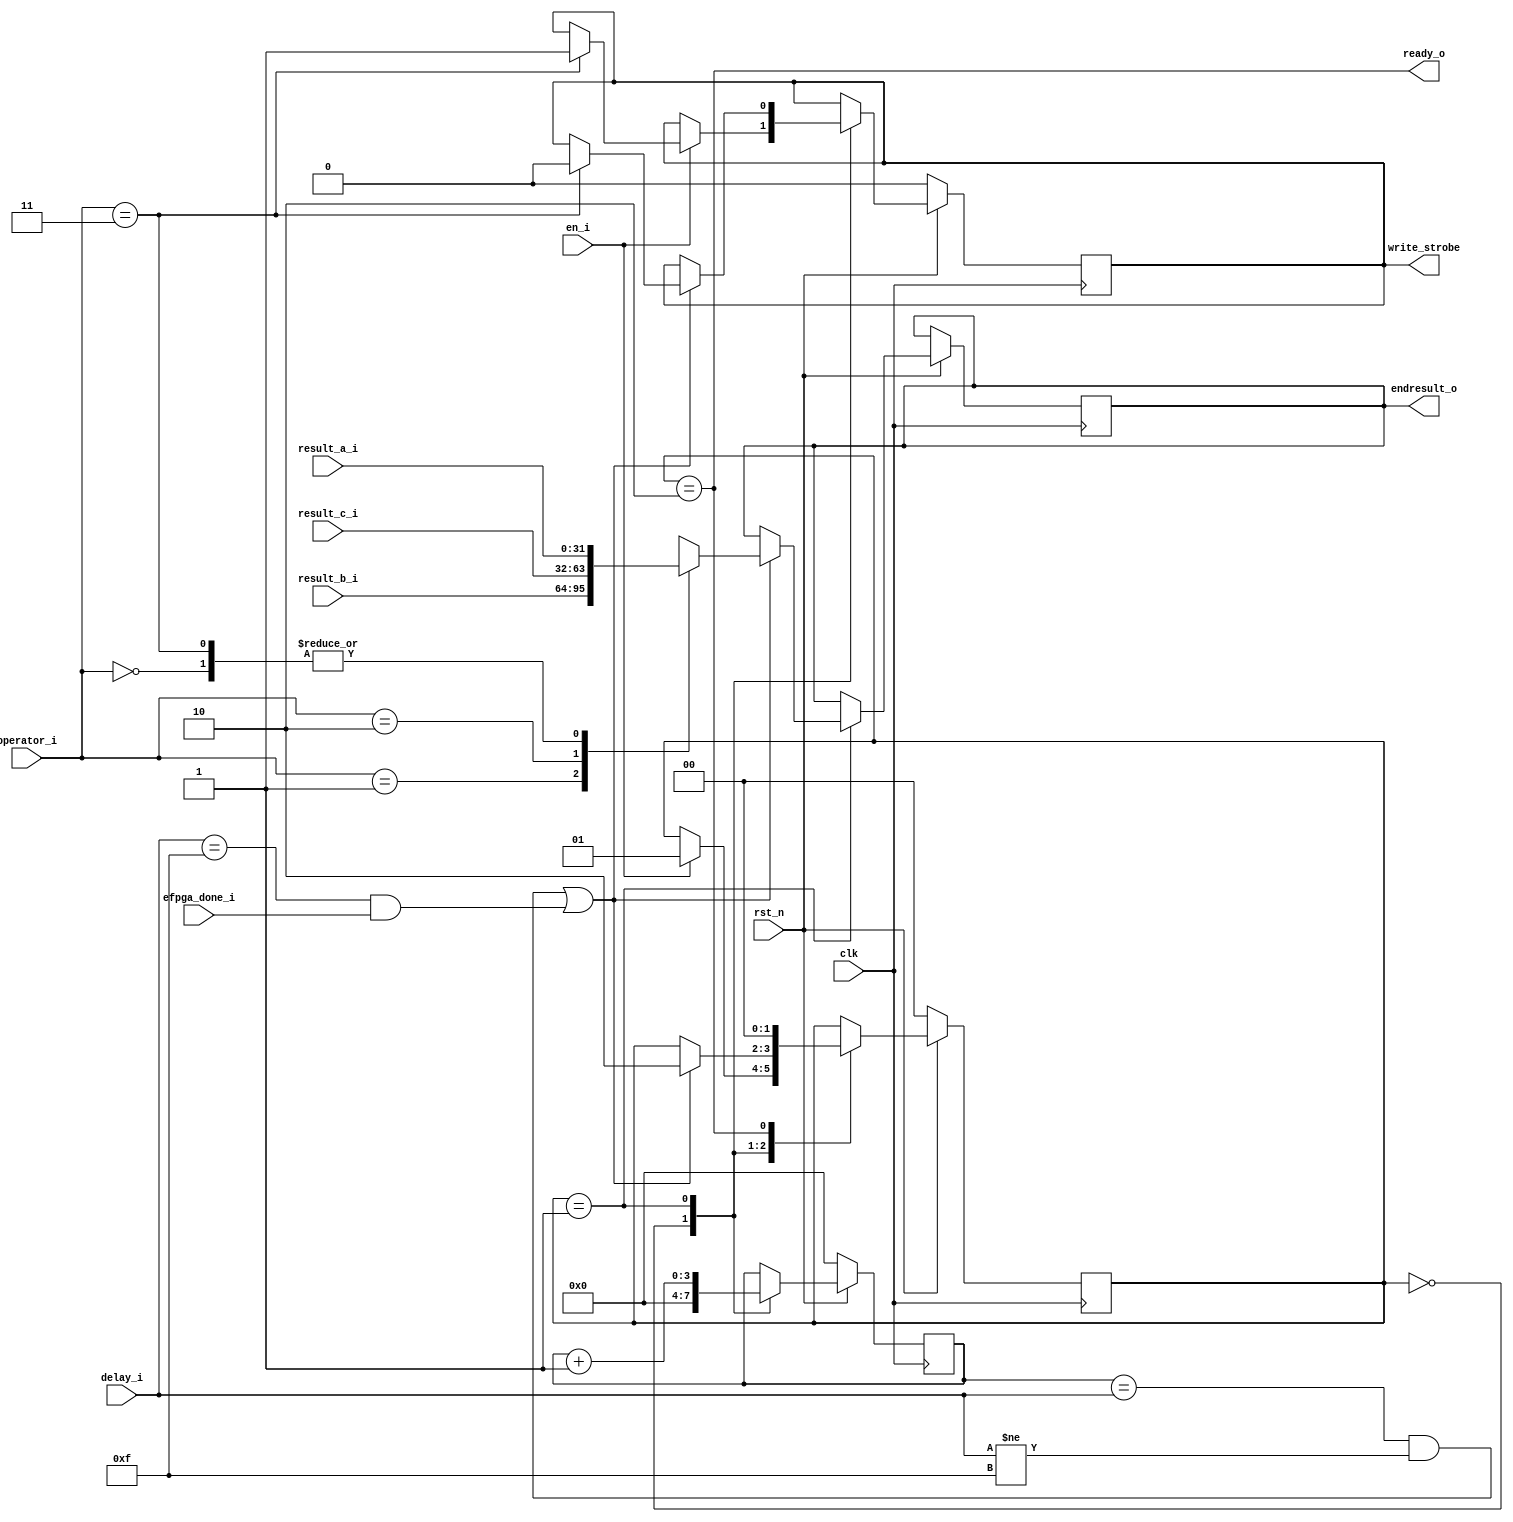
// SPDX-FileCopyrightText: 2021 Andrew Attwood
//
// Licensed under the Apache License, Version 2.0 (the "License");
// you may not use this file except in compliance with the License.
// You may obtain a copy of the License at
//
//      http://www.apache.org/licenses/LICENSE-2.0
//
// Unless required by applicable law or agreed to in writing, software
// distributed under the License is distributed on an "AS IS" BASIS,
// WITHOUT WARRANTIES OR CONDITIONS OF ANY KIND, either express or implied.
// See the License for the specific language governing permissions and
// limitations under the License.
//
// SPDX-License-Identifier: Apache-2.0

module flexbex_ibex_eFPGA (
	clk,
	rst_n,
	en_i,
	operator_i,
	ready_o,
	endresult_o,
	result_a_i,
	result_b_i,
	result_c_i,
	delay_i,
	write_strobe,
	efpga_done_i
);
	input wire clk;
	input wire rst_n;
	input wire en_i;
	input wire [1:0] operator_i;
	output wire ready_o;
	output reg [31:0] endresult_o;
	input wire [31:0] result_a_i;
	input wire [31:0] result_b_i;
	input wire [31:0] result_c_i;
	input wire [3:0] delay_i;
	output reg write_strobe;
	input wire efpga_done_i;
	reg [1:0] eFPGA_fsm_r;
	reg [3:0] count;
	always @(posedge clk)
		if (!rst_n) begin
			eFPGA_fsm_r <= 2'd0;
			count <= 0;
			write_strobe <= 1'b0;
		end
		else
			case (eFPGA_fsm_r)
				2'd0: begin
					count <= 0;
					if (en_i == 1) begin
						eFPGA_fsm_r <= 2'd1;
						if (operator_i == 2'b11)
							write_strobe <= 1'b1;
					end
				end
				2'd1: begin
					count <= count + 1;
					if (((count == delay_i) & (delay_i != 4'b1111)) | ((delay_i == 4'b1111) & efpga_done_i)) begin
						eFPGA_fsm_r <= 2'd2;
						case (operator_i)
							2'b00: endresult_o <= result_a_i;
							2'b01: endresult_o <= result_b_i;
							2'b10: endresult_o <= result_c_i;
							2'b11: begin
								endresult_o <= result_a_i;
								write_strobe <= 1'b0;
							end
							default: endresult_o <= result_a_i;
						endcase
					end
				end
				2'd2: eFPGA_fsm_r <= 2'd0;
				default:
					;
			endcase
	assign ready_o = eFPGA_fsm_r == 2'd2;
endmodule